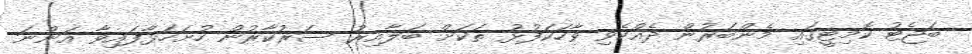
ބަޖެޓު ކޮމިޓީގައި މެންބަރުން ދެއްކެވި ވާހަކަފުޅު ތަކަށް ބަލާއިރު ސަރުކާރުން ހުށަހަޅާފައިވާ އަންނަ